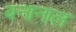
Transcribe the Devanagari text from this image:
बनानाल